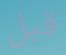
قبل